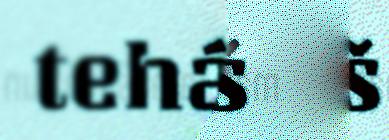
tehálâš